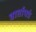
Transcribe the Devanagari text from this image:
वार्तापत्रं